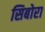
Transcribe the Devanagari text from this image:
सिबोरा